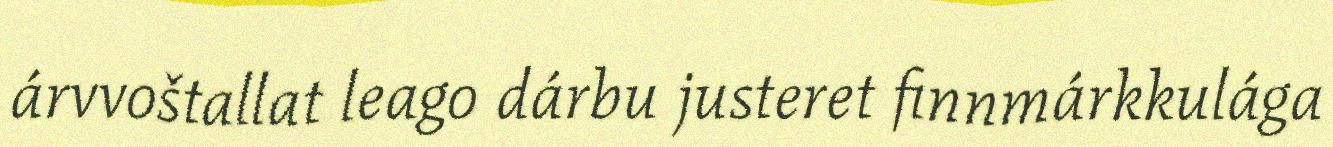
árvvoštallat leago dárbu justeret finnmárkkulága